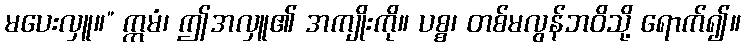
မပေးလှူ။” ဣမံ၊ ဤအလှူ၏ အကျိုးကို။ ပစ္စ၊ တစ်မလွန်ဘဝိသို့ ရောက်၍။